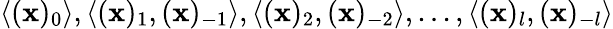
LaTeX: \langle(\mathbf{x})_{0}\rangle,\langle(\mathbf{x})_{1},(\mathbf{x})_{-1}\rangle,\langle(\mathbf{x})_{2},(\mathbf{x})_{-2}\rangle,...,\langle(\mathbf{x})_{l},(\mathbf{x})_{-l}\rangle